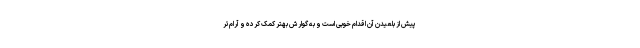
پیش از بلعیدن آن اقدام خوبی است و به گوارش بهتر کمک کرده و آرام‌تر